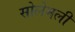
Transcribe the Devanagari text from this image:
सोलेमली